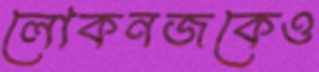
লোকনজকেও